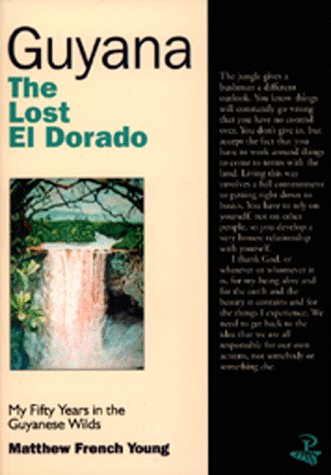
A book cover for Guyana: The Lost El Dorado: My Fifty Years in the Guyanese Wilds; Matthew French Young; Travel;